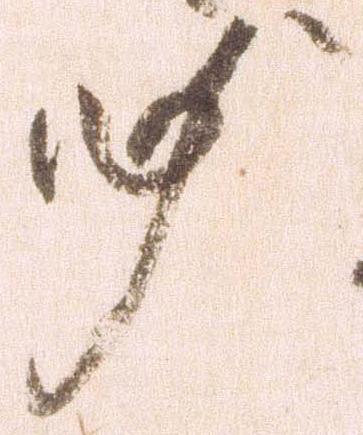
必